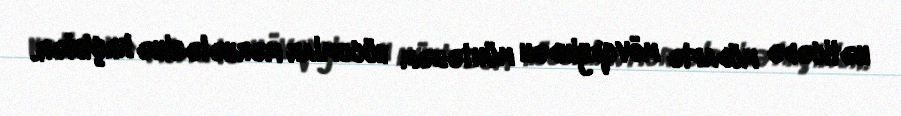
nəticədə müdafiə mövqeyindən müntəzəm hücumlar mərhələsinə keçiblər.